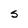
Character: S